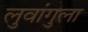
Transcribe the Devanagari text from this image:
लुवांगुला